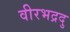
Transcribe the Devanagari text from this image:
वीरभद्रदु